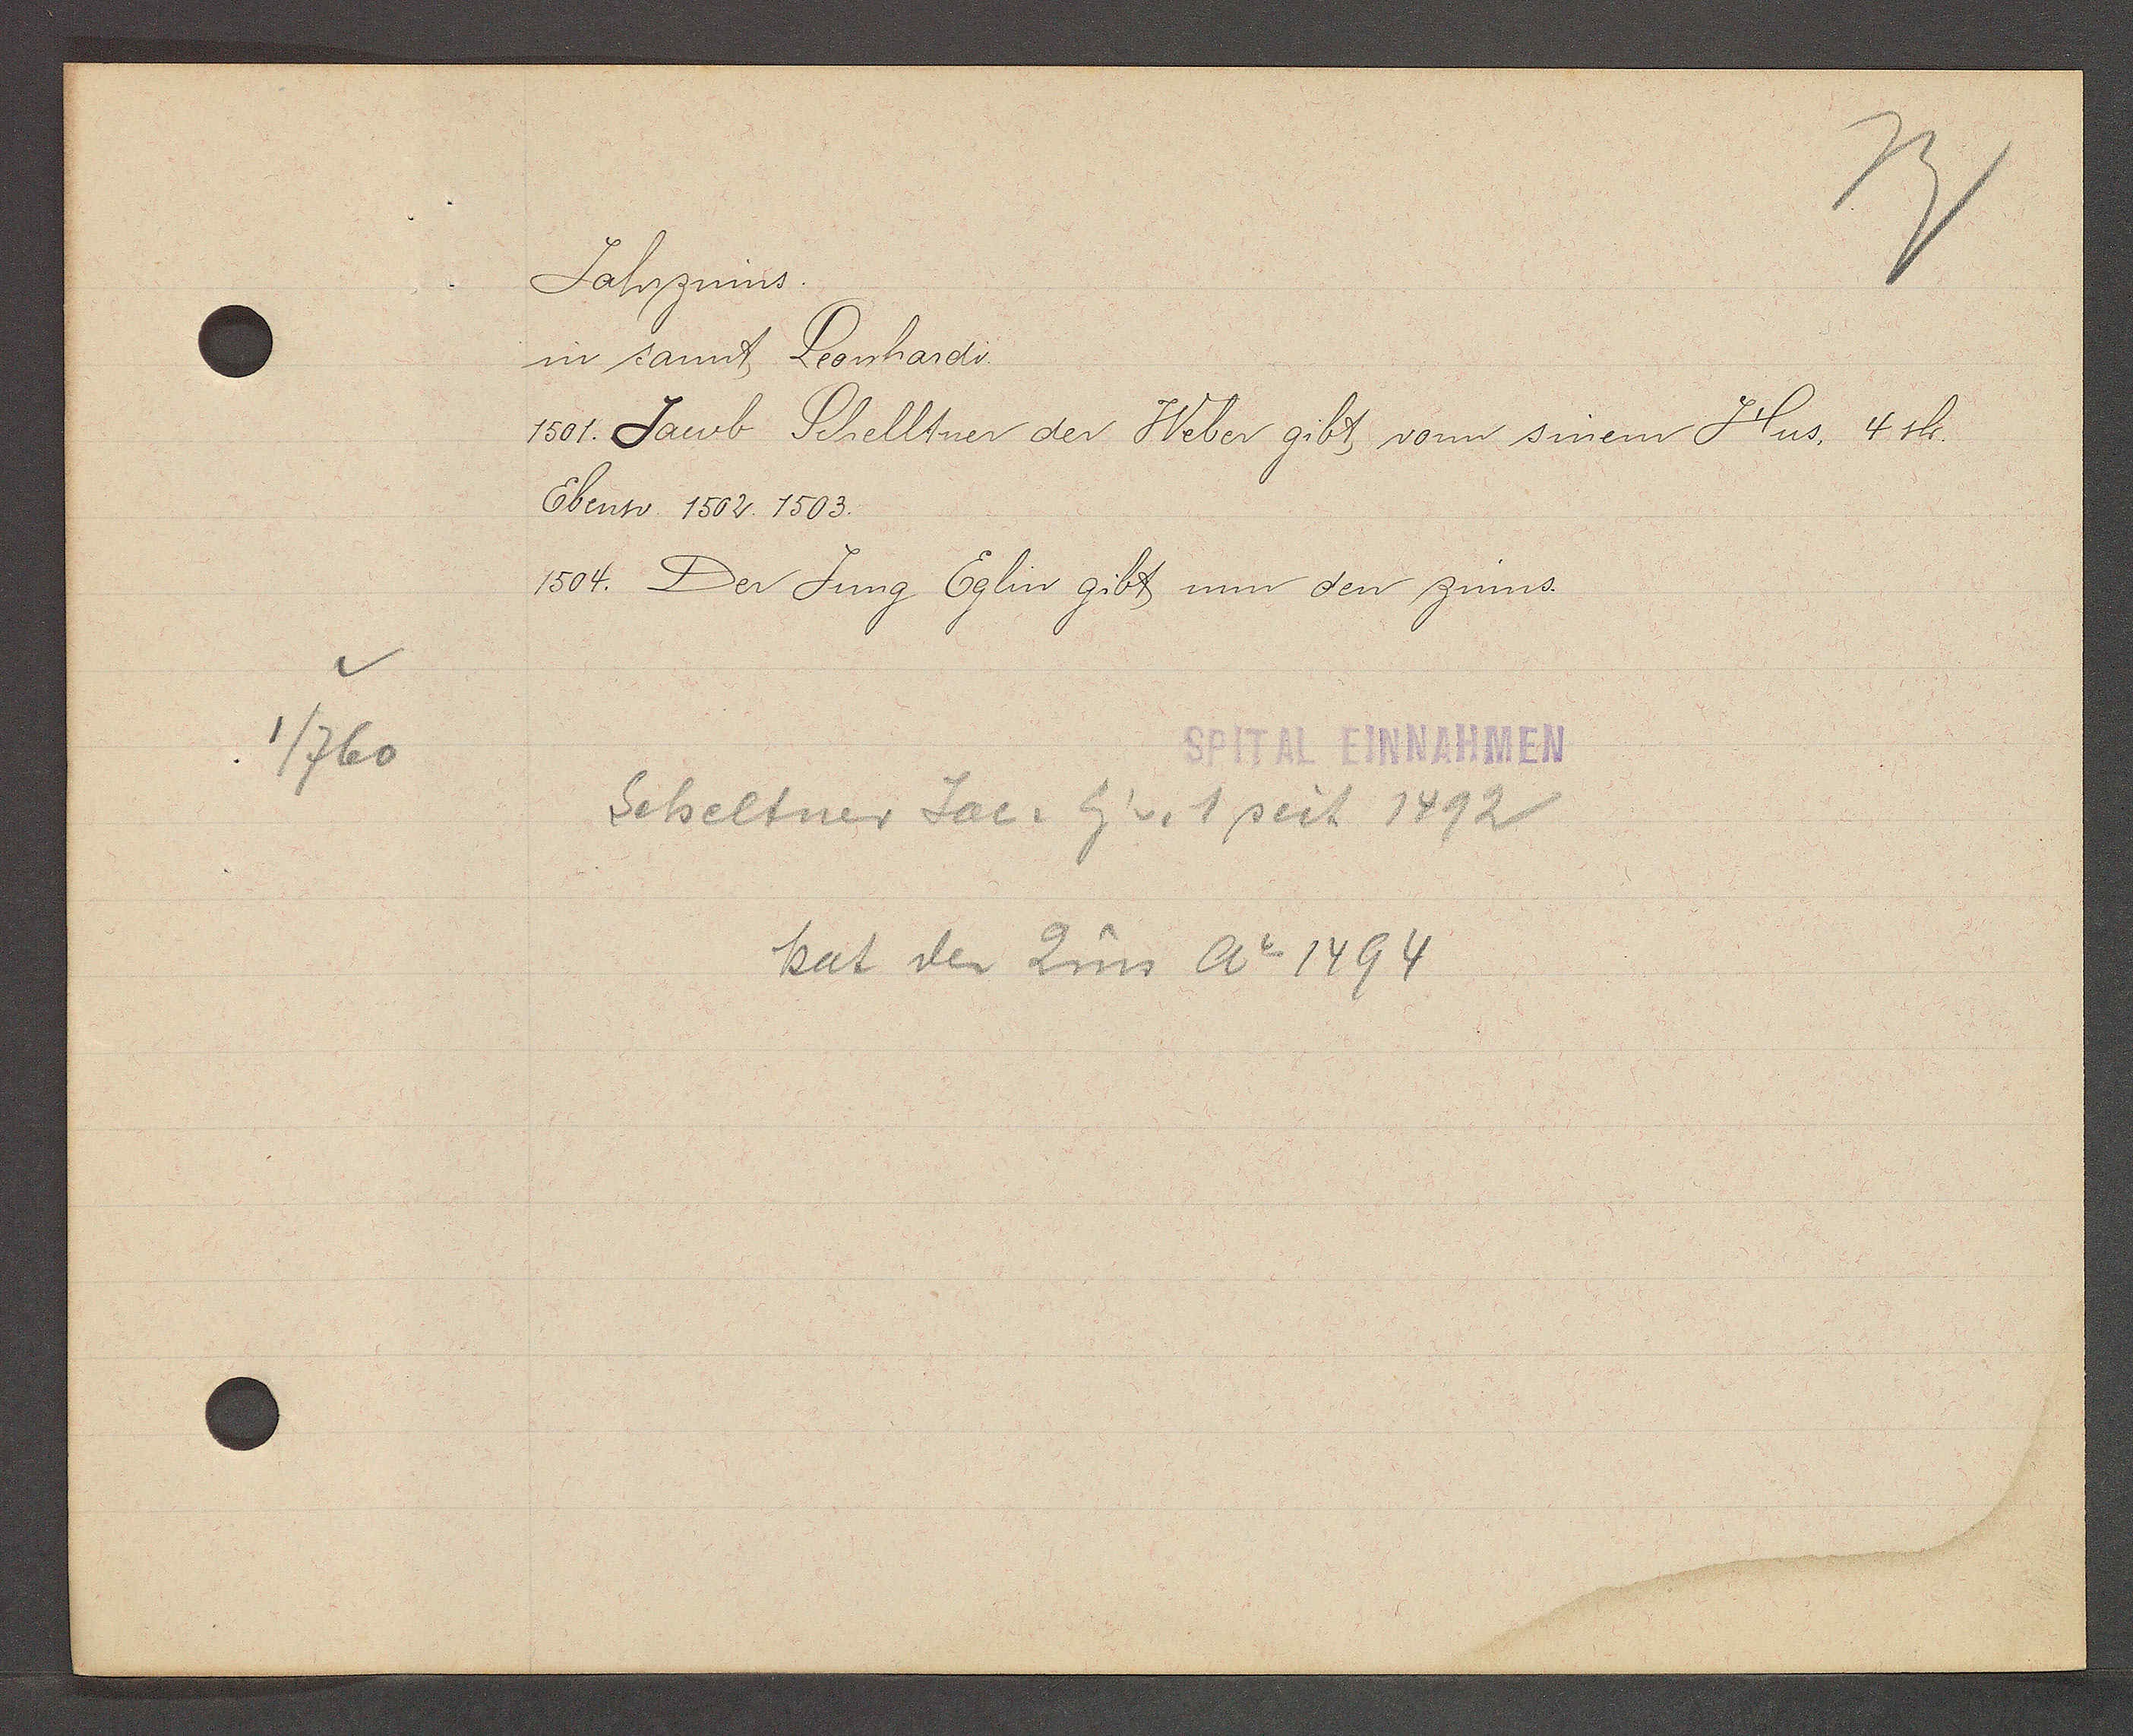
Transcript:
1/760

Jahrzinns.

in sannt Leonhardi.
1501. Jacob Schelltner der Weber gibt vonn sinem Hus, 4 sh.
Ebenso 1502. 1503.
1504. Der Jung Eglin gibt nun den zinns.

SPITAL EINNAHMEN

Scheltner Jac. Eig v. 1 seit 1492
hat den Zins Ao 1494